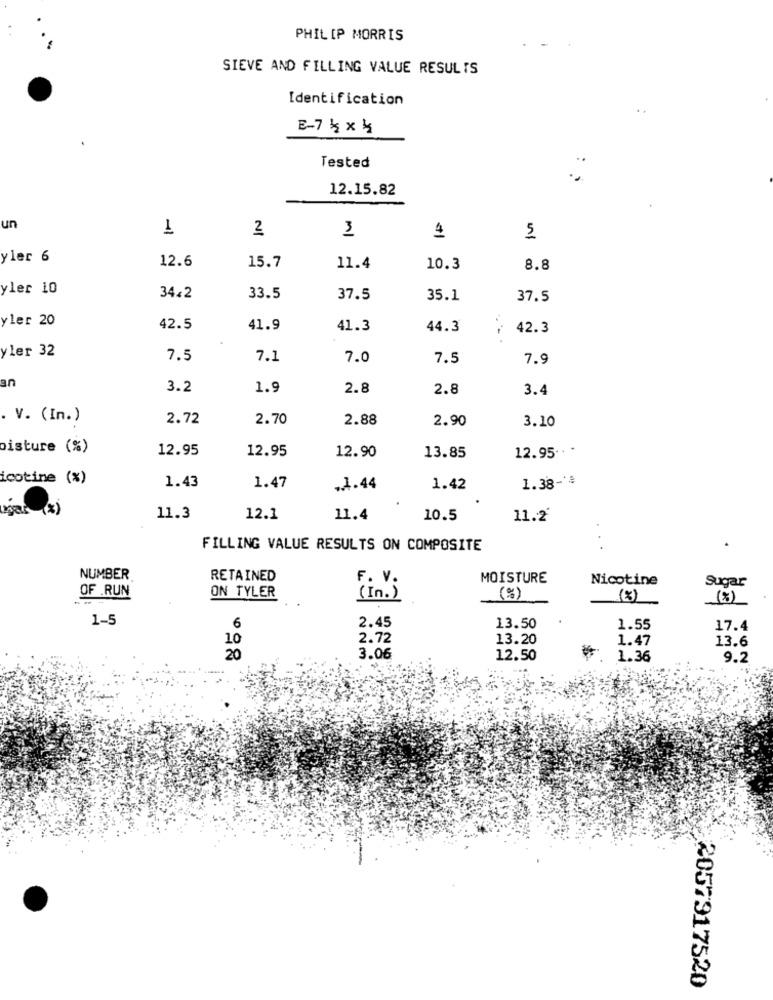
PHILIP MORRIS
SIEVE AND FILLING VALUE RESULTS
Identification
.+
E-7 4x 4
Tested
12.15.82
un
1
2
3
4
5
yler 6
12.6
15.7
11.4
10.3
8.8
yler 10
3442
33.5
37.5
35.1
37.5
yler 20
42.5
41.9
41.3
44.3
42.3
yler 32
7.5
7.1
7.0
7.5
7.9
an
3.2
1.9
2.8
2.8
3.4
. V. (In.)
2.72
2.70
2.88
2.90
3.10
oisture (%)
12.95
12.95
12.90
13.85
12.95
icotine (%)
1.38 -**
1.43
1.47
.4.44
1.42
gar (x)
11.3
12.1
11.4
10.5
11.2
FILLING VALUE RESULTS ON COMPOSITE
NUMBER
RETAINED
F. V.
MOISTURE
Nicotine
Sugar
OF .RUN
ON TYLER
(In.)
(%)
(8)
1-5
2.45
6
13.50
1.55
17.4
10
2.72
13.20
1.47
13.6
20
3.06
12.50
1.36
9.2
2057917520